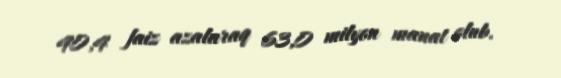
40,4 faiz azalaraq 63,0 milyon manat olub.